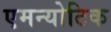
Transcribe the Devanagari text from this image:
एमन्योटिक